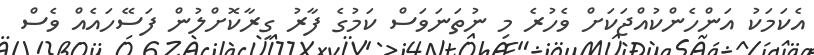
އެކަމަކު އަންހެންކުއްޖަކަށް ވެހުރެ މި ނުތަނަވަސް ކަމުގެ ފާރު ގިރާކޮށްލުން ފަސޭހައެއް ވެސް